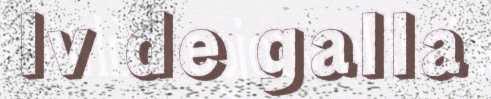
Iv de galla